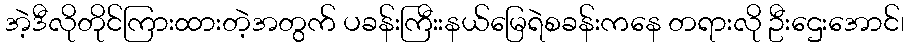
အဲ့ဒီလိုတိုင်ကြားထားတဲ့အတွက် ပခန်းကြီးးနယ်မြေရဲစခန်းကနေ တရားလို ဦးဌေးအောင်၊